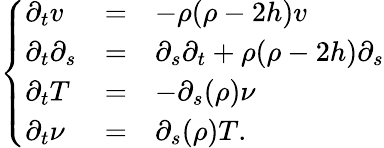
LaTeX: \left\{ \begin{array}{lcl}{\partial_{t}v}&{=}&{-\rho(\rho-2h)v}\\ {\partial_{t}\partial_{s}}&{=}&{\partial_{s}\partial_{t}+\rho(\rho-2h)\partial_{s}}\\ {\partial_{t}T}&{=}&{-\partial_{s}(\rho)\nu}\\ {\partial_{t}\nu}&{=}&{\partial_{s}(\rho)T.}\end{array}\right.